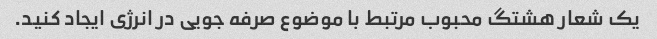
یک شعار هشتگ محبوب مرتبط با موضوع صرفه جویی در انرژی ایجاد کنید.